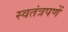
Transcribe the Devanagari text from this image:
स्वतंत्रपणें